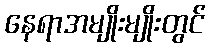
နေရာအမျိုးမျိုးတွင်